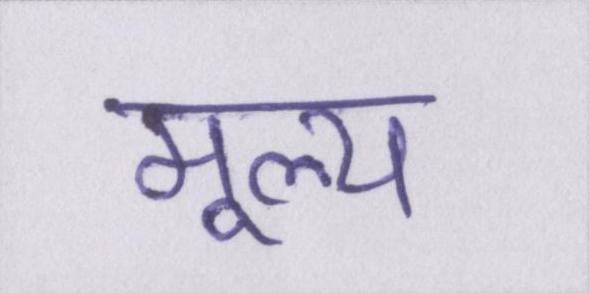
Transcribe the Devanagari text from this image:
मूल्य